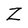
Character: Z